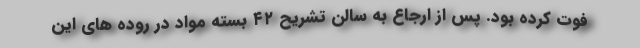
فوت کرده بود. پس از ارجاع به سالن تشریح ۴۲ بسته مواد در روده های این